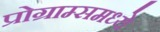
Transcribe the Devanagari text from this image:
प्रोग्राम्समध्ये